Manual of the Civil Veterinary Department, Central Provinces and Berar
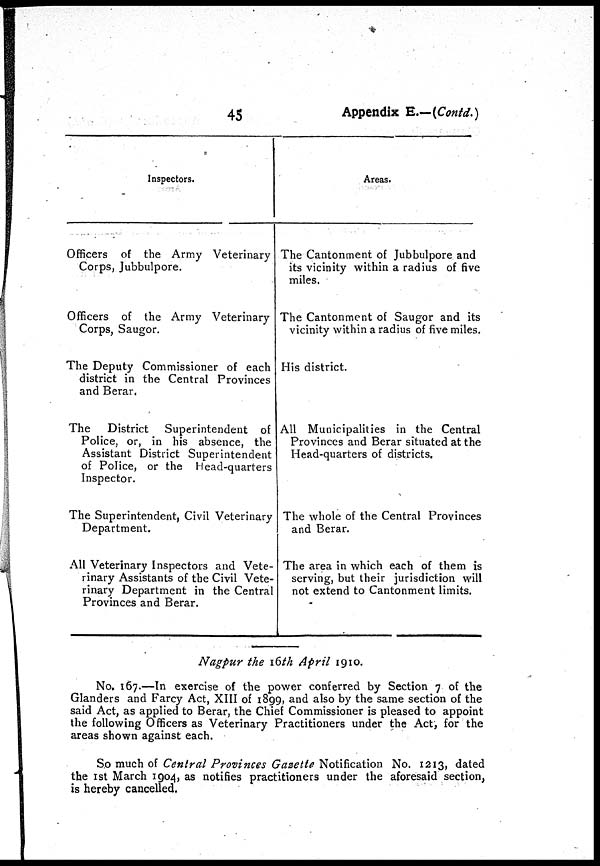
45
Appendix E.—(Contd.)
Inspectors.
Officers of the Army Veterinary
Corps, Jubbulpore.
Officers of the Army Veterinary
Corps, Saugor.
The Deputy Commissioner of each
district in the Central Provinces
and Berar.
The District Superintendent of
Police, or, in his absence, the
Assistant District Superintendent
of Police, or the Head-quarters
Inspector.
The Superintendent, Civil Veterinary
Department.
All Veterinary Inspectors and Vete-
rinary Assistants of the Civil Vete-
rinary Department in the Central
Provinces and Berar.
Areas.
The Cantonment of Jubbulpore and
its vicinity within a radius of five
miles.
The Cantonment of Saugor and its
vicinity within a radius of five miles.
His district.
All Municipalities in the Central
Provinces and Berar situated at the
Head-quarters of districts.
The whole of the Central Provinces
and Berar.
The area in which each of them is
serving, but their jurisdiction will
not extend to Cantonment limits.
Nagpur the 16th April 1910.
No. 167.—In exercise of the power conferred by Section 7 of the
Glanders and Farcy Act, XIII of 1899, and also by the same section of the
said Act, as applied to Berar, the Chief Commissioner is pleased to appoint
the following Officers as Veterinary Practitioners under the Act, for the
areas shown against each.
So much of Central Provinces Gasettie Notification No. 1213, dated
the 1st March 1904, as notifies practitioners under the aforesaid section,
is hereby cancelled.